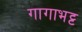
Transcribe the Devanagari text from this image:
गागाभट्ट